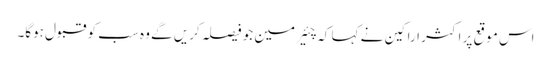
اس موقع پر اکثر اراکین نے کہا کہ چئیرمین جو فیصلہ کریں گے وہ سب کو قبول ہوگا۔